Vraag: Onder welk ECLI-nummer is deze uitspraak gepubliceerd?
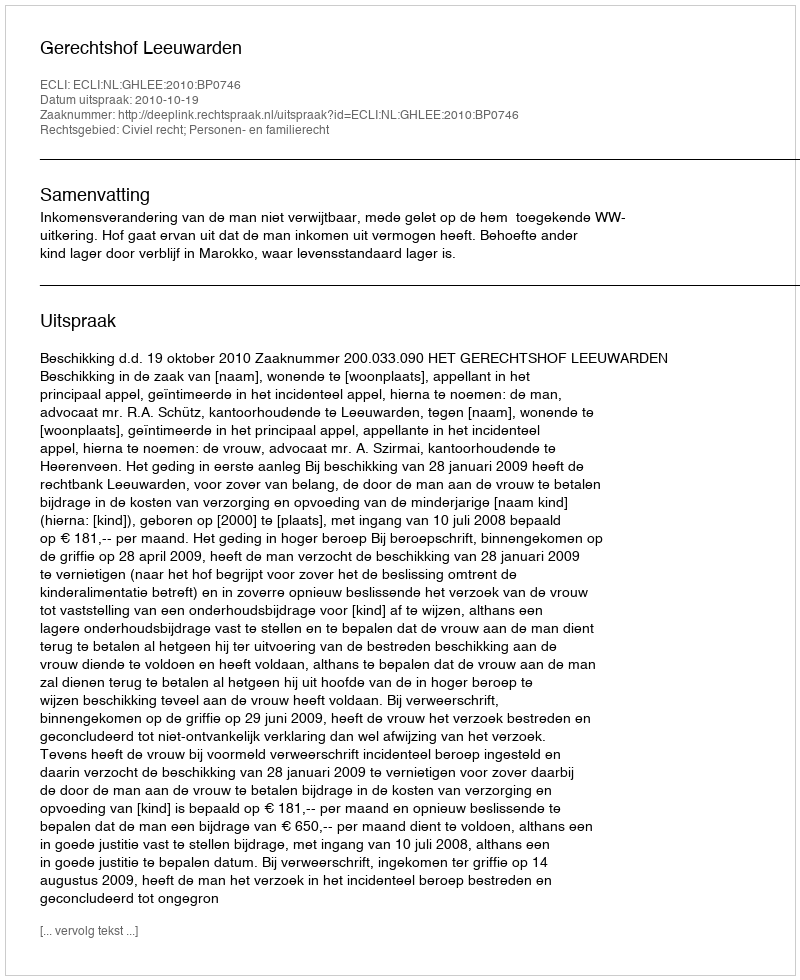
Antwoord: ECLI:NL:GHLEE:2010:BP0746